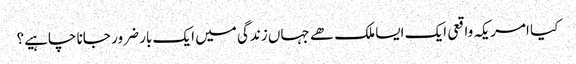
کیا امریکہ واقعی ایک ایسا ملک ھے جہاں زندگی میں ایک بار ضرور جانا چاہیے؟